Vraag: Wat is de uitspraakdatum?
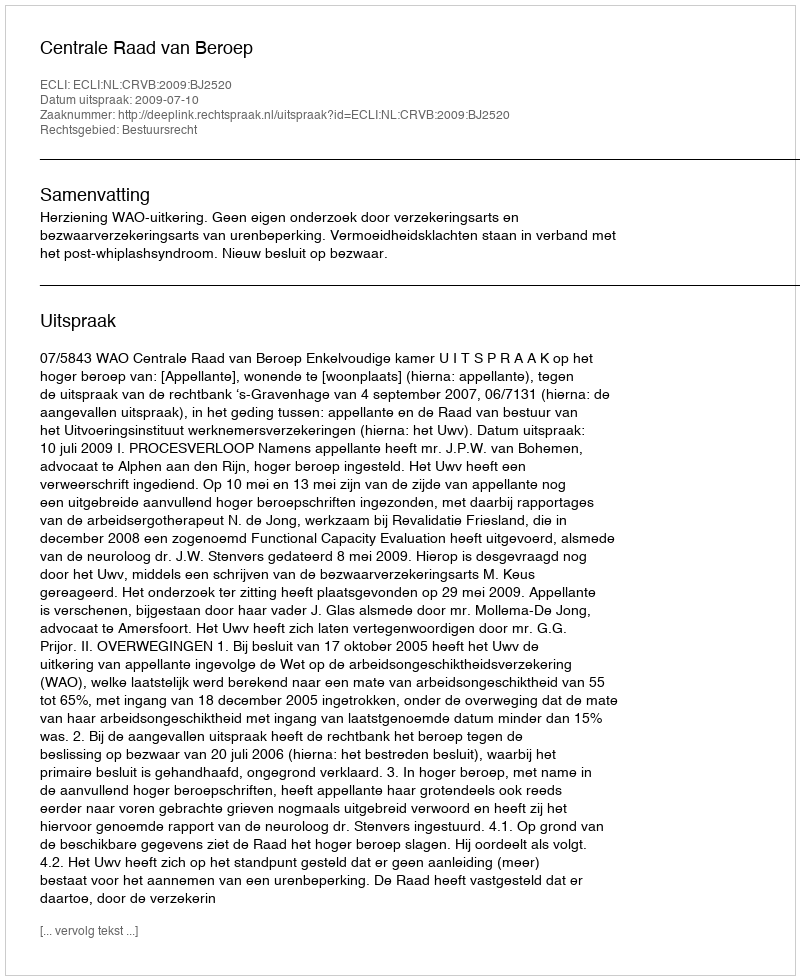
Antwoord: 2009-07-10